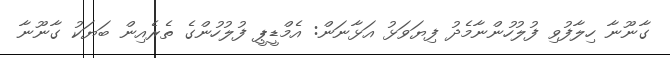
ގާނޫނާ ހިލާފުވި ފުލުހުންނާމެދު ފިޔަވަޅު އަޅާނަން: އެމްޑީޕީ ފުލުހުންގެ ތެރެއިން ބަޔަކު ގާނޫނާ